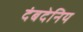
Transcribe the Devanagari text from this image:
दंबदेनिय